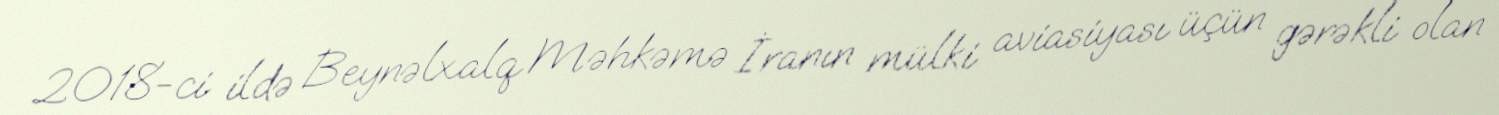
2018-ci ildə Beynəlxalq Məhkəmə İranın mülki aviasiyası üçün gərəkli olan